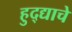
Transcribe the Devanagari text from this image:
हुद्द्याचे